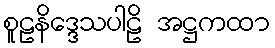
စူဠနိဒ္ဒေသပါဠိ အဋ္ဌကထာ